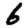
Digit: 6